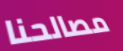
مصالحنا